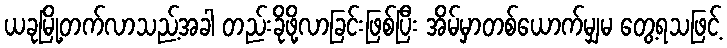
ယခုမြို့တက်လာသည့်အခါ တည်းခိုဖို့လာခြင်းဖြစ်ပြီး အိမ်မှာတစ်ယောက်မျှမ တွေ့ရသဖြင့်